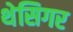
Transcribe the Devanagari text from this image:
थेसिगर